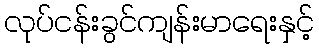
လုပ်ငန်းခွင်ကျန်းမာရေးနှင့်